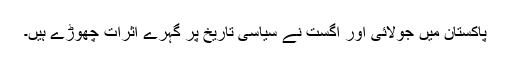
پاکستان میں جولائی اور اگست نے سیاسی تاریخ پر گہرے اثرات چھوڑے ہیں۔